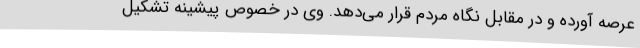
عرصه آورده و در مقابل نگاه مردم قرار می‌دهد. وی در خصوص پیشینه تشکیل